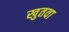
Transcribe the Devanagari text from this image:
खुतवा